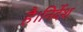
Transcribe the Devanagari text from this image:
है।निर्देश